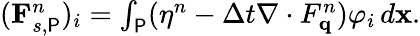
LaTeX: \begin{array}{r}{(\mathbf{F}_{s,\P}^{n})_{i}=\int_{\P}(\eta^{n}-\Delta t\nabla\cdot F_{\mathbf{q}}^{n})\varphi_{i}\, d\mathbf{x}.}\end{array}